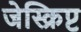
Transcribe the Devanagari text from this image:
जेस्क्रिप्ट